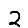
Digit: 2